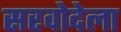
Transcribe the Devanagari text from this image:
सरवोदेला